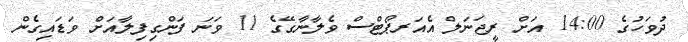
ދުވަހުގެ 14:00 އަށް ރީޖަނަލް އެއަރޕޯޓްސް ވެލާނާގޭގެ 11 ވަނަ ފަންގިފިލާއަށް ވަޑައިގެން